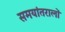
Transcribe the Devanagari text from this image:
समयांतरालों